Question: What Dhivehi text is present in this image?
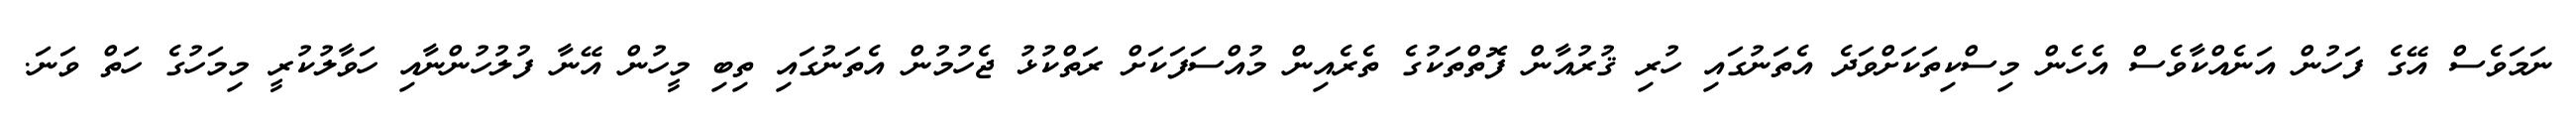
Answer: ނަމަވެސް އޭގެ ފަހުން އަނެއްކާވެސް އެހެން މިސްކިތަކަށްވަދެ އެތަނުގައި ހުރި ޤުރުއާން ފޮތްތަކުގެ ތެރެއިން މުއްސަފަކަށް ރަތްކުޅު ޖެހުމުން އެތަނުގައި ތިބި މީހުން އޭނާ ފުލުހުންނާއި ހަވާލުކުރީ މިމަހުގެ ހަތް ވަނަ.